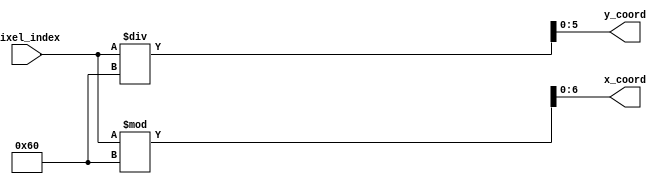
`timescale 1ns / 1ps
//////////////////////////////////////////////////////////////////////////////////
// Company: 
// Engineer: 
// 
// Design Name: 
// Module Name: pixel_data_to_coordinate
// Project Name: 
// Target Devices: 
// Tool Versions: 
// Description: 
// 
// Dependencies: 
// 
// Revision:
// Revision 0.01 - File Created
// Additional Comments:
// 
//////////////////////////////////////////////////////////////////////////////////


module pixel_data_to_coordinate(
    input [12:0] pixel_index,
    output [6:0] x_coord,
    output [5:0] y_coord
    );
    assign x_coord = (pixel_index % 96);
    assign y_coord = (pixel_index / 96);
endmodule